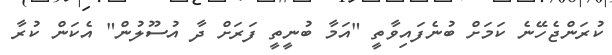
ކުރަންޖެހޭނެ ކަމަށް ބުނެފައިވާތީ "އަމާ ބުނީތީ ފަރަށް ދާ އުސޫލުން" އެކަން ކުރާ